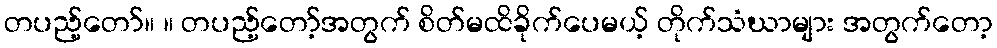
တပည့်တော်။ ။ တပည့်တော့်အတွက် စိတ်မထိခိုက်ပေမယ့် တိုက်သံဃာများ အတွက်တော့